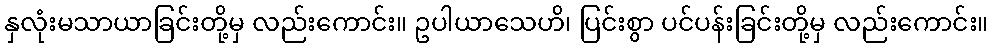
နှလုံးမသာယာခြင်းတို့မှ လည်းကောင်း။ ဥပါယာသေဟိ၊ ပြင်းစွာ ပင်ပန်းခြင်းတို့မှ လည်းကောင်း။